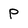
Character: P